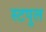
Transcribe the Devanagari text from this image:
स्टपुल